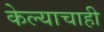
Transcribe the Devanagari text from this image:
केल्याचाही